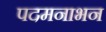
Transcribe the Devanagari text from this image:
पदमनाभन